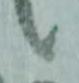
候